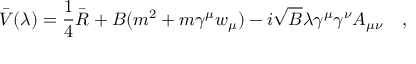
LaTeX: \bar { V } ( \lambda ) = \frac 1 4 \bar { R } + B ( m ^ { 2 } + m \gamma ^ { \mu } w _ { \mu } ) - i \sqrt { B } \lambda \gamma ^ { \mu } \gamma ^ { \nu } A _ { \mu \nu } ~ ~ ~ ,